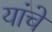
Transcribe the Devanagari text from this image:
यांंचे